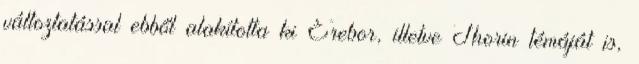
változtatással ebből alakította ki Erebor, illetve Thorin témáját is,